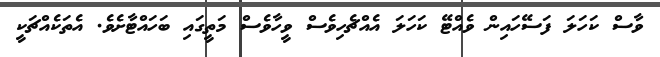
ވާސް ކަހަލަ ފަސޭހައިން ވެއްޓޭ ކަހަލަ އެއްޗެހިވެސް ވީހާވެސް މަތީގައި ބަހައްޓާށެވެ. އެތަކެއްޗަކީ